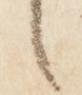
言